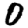
Digit: 0